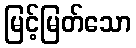
မြင့်မြတ်သော